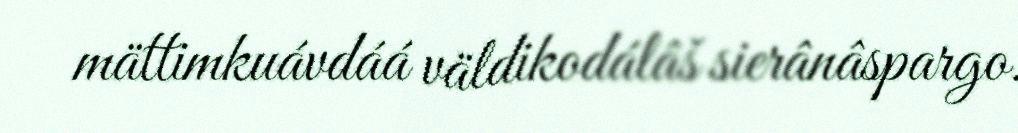
mättimkuávdáá väldikodálâš sierânâspargo.